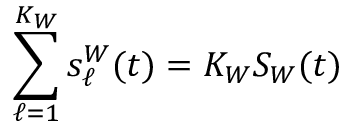
\sum _ { \ell = 1 } ^ { K _ { W } } s _ { \ell } ^ { W } ( t ) = K _ { W } S _ { W } ( t )